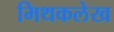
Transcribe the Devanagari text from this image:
मिथकलेख